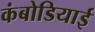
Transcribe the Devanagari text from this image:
कंबोडियाई